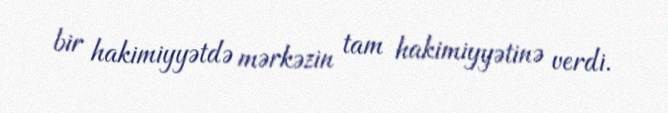
bir hakimiyyətdə mərkəzin tam hakimiyyətinə verdi.